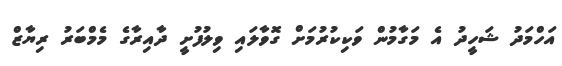
އަހްމަދު ޝަހީދު އެ މަގާމުން ވަކިކުރުމަށް ގޮވާލައި ވިލުފުށީ ދާއިރާގެ މެމްބަރު ރިޔާޒް